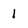
Character: 1